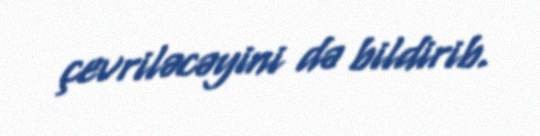
çevriləcəyini də bildirib.